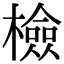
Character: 檢